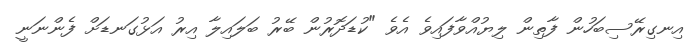
އިނގިރޭސިބަހުން ފާތިން ލިޔުއްވާފައިވެ އެވެ "ކުޑަދޮރުން ބޭރު ބަލައިލާ އިރު އަޅުގަނޑަށް ފެންނަނީ